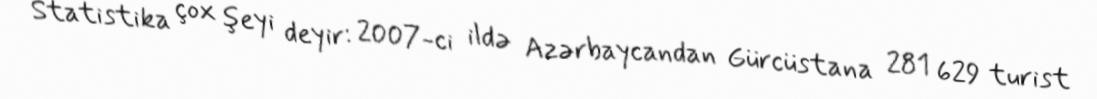
Statistika çox şeyi deyir: 2007-ci ildə Azərbaycandan Gürcüstana 281 629 turist